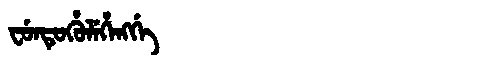
Manchu: ᠸᡠᠨᡨᡠᡥᡠᠯᡝᡥᡝᠩᡤᡝ
Romanization: FUNTUHULEHENGGE